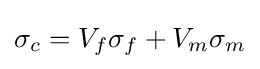
\sigma _{c}=V_{f}\sigma _{f}+V_{m}\sigma _{m}